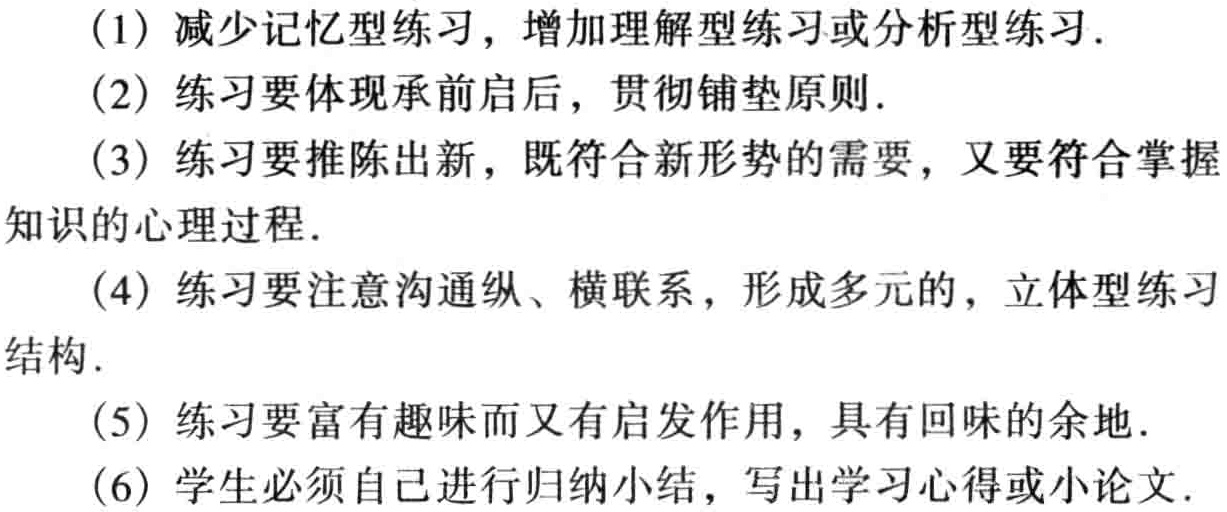
(1) 减少记忆型练习，增加理解型练习或分析型练习.

(2) 练习要体现承前启后，贯彻铺垫原则.

(3) 练习要推陈出新，既符合新形势的需要，又要符合掌握

知识的心理过程.

(4) 练习要注意沟通纵、横联系，形成多元的，立体型练习

结构.

(5) 练习要富有趣味而又有启发作用，具有回味的余地.

(6) 学生必须自己进行归纳小结，写出学习心得或小论文.